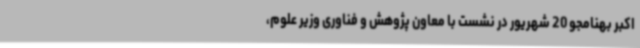
اکبر بهنامجو 20 شهریور در نشست با معاون پژوهش و فناوری وزیر علوم،